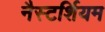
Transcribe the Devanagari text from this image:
नैस्टर्शियम